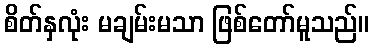
စိတ်နှလုံး မချမ်းမသာ ဖြစ်တော်မူသည်။